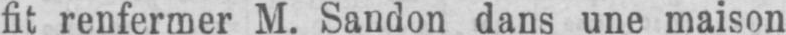
fit renfermer M. Sandon dans une maison